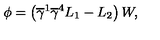
\phi = \left( \overline { { \gamma } } ^ { 1 } \overline { { \gamma } } ^ { 4 } L _ { 1 } - L _ { 2 } \right) W ,